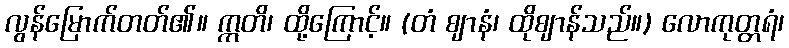
လွန်မြောက်တတ်၏။ ဣတိ၊ ထို့ကြောင့်။ (တံ ဈာနံ၊ ထိုဈာန်သည်။) လောကုတ္တရံ၊